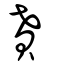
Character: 賁